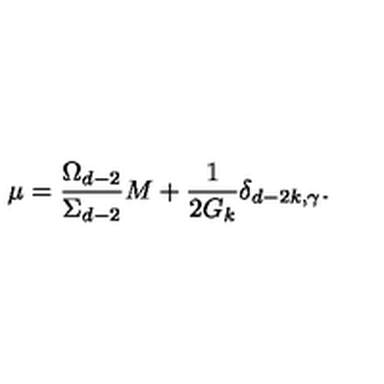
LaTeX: \mu = \frac { \Omega _ { d - 2 } } { \Sigma _ { d - 2 } } M + \frac { 1 } { 2 G _ { k } } \delta _ { d - 2 k , \gamma } .